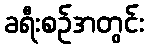
ခရီးစဉ်အတွင်း